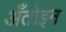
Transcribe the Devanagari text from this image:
अँतोइन